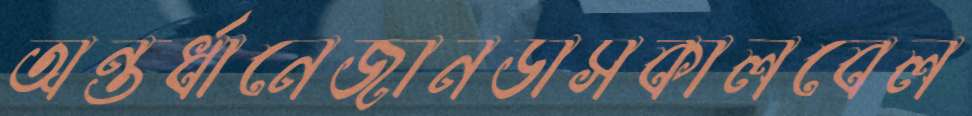
অন্তর্ধানেজানডাসকালবেল